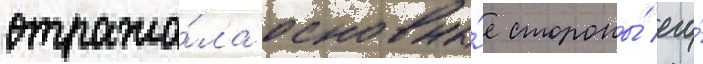
отража́ла основны́е стороны́ его́